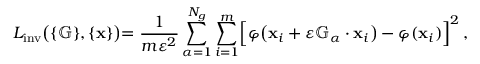
L _ { \mathrm { i n v } } \bigl ( \{ \mathbb G \} , \{ \mathbf x \} \bigl ) = \frac { 1 } { m \varepsilon ^ { 2 } } \sum _ { \alpha = 1 } ^ { N _ { g } } \sum _ { i = 1 } ^ { m } \Bigl [ \varphi \bigl ( \mathbf { x } _ { i } + \varepsilon { \mathbb G _ { \alpha } } \cdot \mathbf { x } _ { i } \bigr ) - \varphi ( \mathbf { x } _ { i } ) \Bigr ] ^ { 2 } \, ,